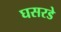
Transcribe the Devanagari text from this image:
घसरडे